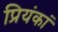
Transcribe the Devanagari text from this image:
प्रियंकां